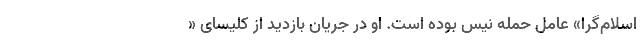
اسلام‌گرا» عامل حمله نیس بوده است. او در جریان بازدید از کلیسای «